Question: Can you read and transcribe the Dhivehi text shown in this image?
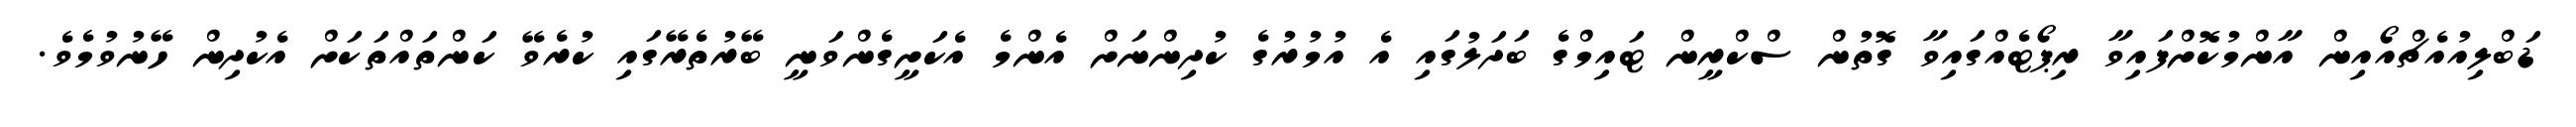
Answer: ޑަބްލިއުއެޗްއޯއިން އާންމުކޮށްފައިވާ ރިޕޯޓެއްގައިވާ ގޮތުން ސްކްރީން ޓައިމްގެ ބަދަލުގައި އެ އުމުރުގެ ކުދިންނަށް އެންމެ އެކަށީގެންވަނީ ބޭރުތެރޭގައި ކުރެވޭ ކަންތައްތަކަށް އެކުދިން ހޭނުވުމެވެ.